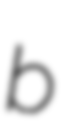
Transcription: b